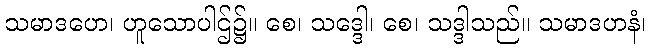
သမာဒဟေ၊ ဟူသောပါဌ်၌။ စေ၊ သဒ္ဒေါ၊ စေ၊ သဒ္ဒါသည်။ သမာဒဟနံ၊